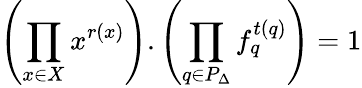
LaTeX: \left(\prod_{x\in X_{}}x^{r(x)}\right).\left(\prod_{q\in P_{\Delta}}f_{q}^{t(q)}\right)=1